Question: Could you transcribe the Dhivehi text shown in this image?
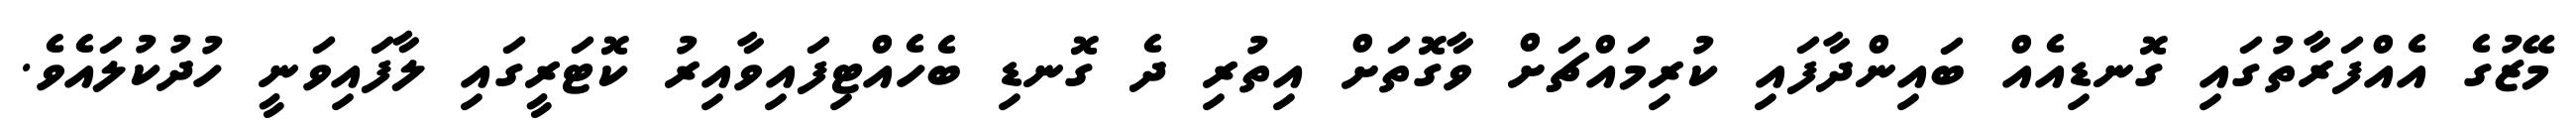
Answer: މޭޒުގެ އެއްފަރާތުގައި ގޮނޑިއެއް ބައިންދާފައި ކުރިމައްޗަށް ވާގޮތަށް އިތުރި ދެ ގޮނޑި ބެހެއްޓިފައިވާއިރު ކޮޓަރީގައި ލާފައިވަނީ ހުދުކުލައެވެ.